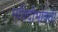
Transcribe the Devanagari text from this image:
मशिदीभोवती